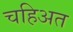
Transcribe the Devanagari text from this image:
चहिअत